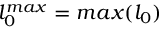
l _ { 0 } ^ { m a x } = m a x ( l _ { 0 } )